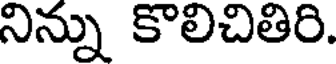
నిన్ను కొలిచితిరి.